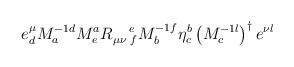
LaTeX: \begin{align*}e_{d}^{\mu }M_{a}^{-1d}M_{e}^{a}R_{\mu \nu \,\,f}^{\quad e}M_{b}^{-1f}\eta_{c}^{b}\left( M_{c}^{-1l}\right) ^{\dagger }e^{\nu l}\end{align*}